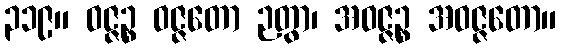
၃၁၉။ ဝဇ္ဇဉ္စ ဝဇ္ဇတော ဉတွာ၊ အဝဇ္ဇဉ္စ အဝဇ္ဇတော။